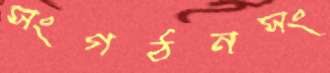
সংগঠনসং